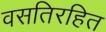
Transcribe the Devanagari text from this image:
वसतिरहित